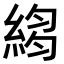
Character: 𦁮